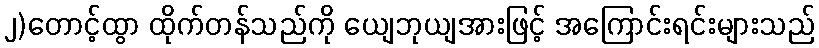
၂)တောင့်ထွာ ထိုက်တန်သည်ကို ယျေဘုယျအားဖြင့် အကြောင်းရင်းများသည်